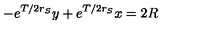
- e ^ { T / 2 r _ { S } } y + e ^ { T / 2 r _ { S } } x = 2 R